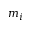
m _ { i }